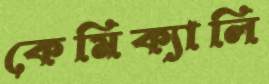
কেমিক্যালি